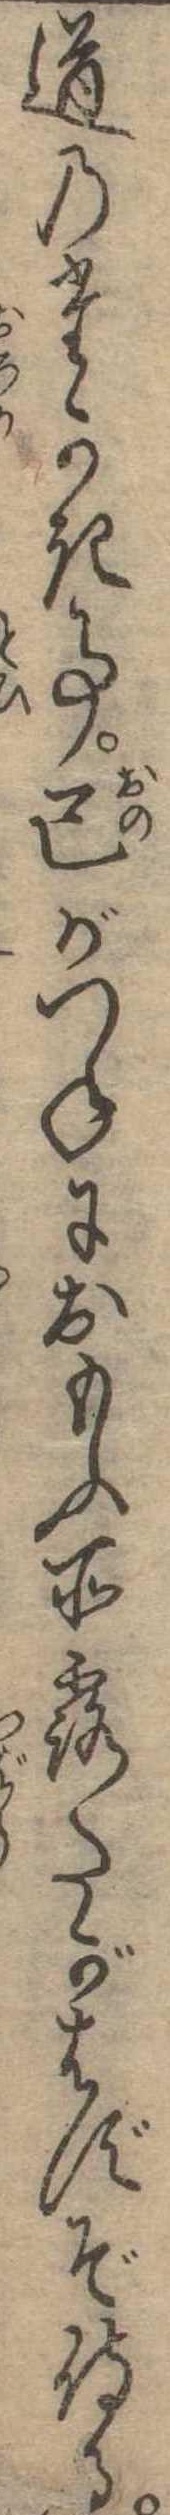
道のたかき事己がつねにおもふ所露たがはずぞ侍る